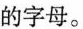
的字母。